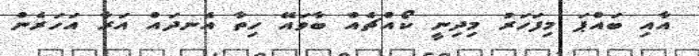
އާއި ބައްޕަ މިފަހަރު މިދިނީ ކޯއްޗެއް ބާވައޭ ހިތާ އެނދައް އަރާ އަހަރެން